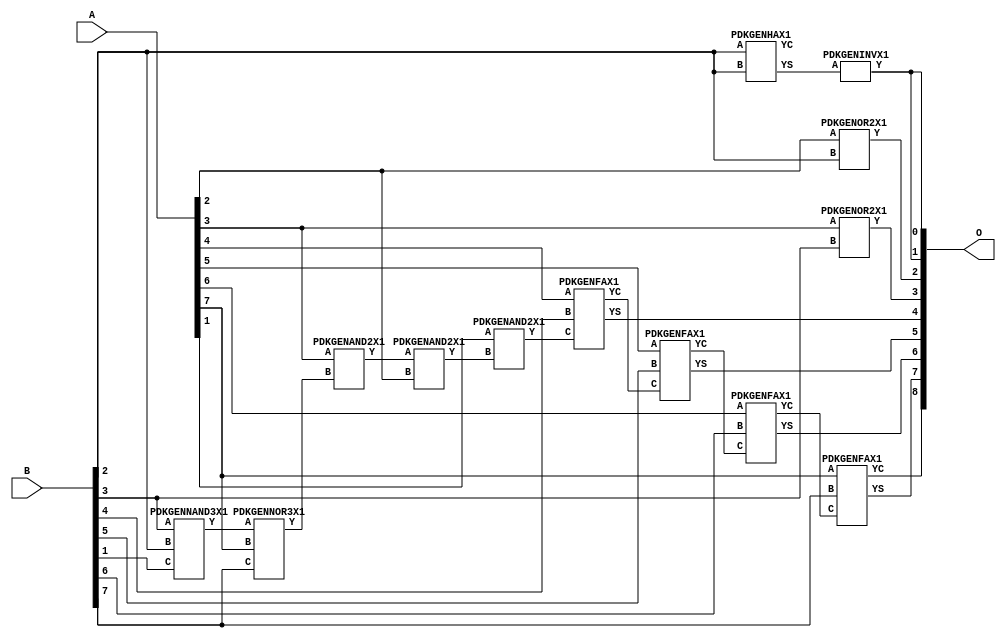
// Library = EvoApprox8b
// Circuit = add8_438
// Area   (180) = 836
// Delay  (180) = 1.490
// Power  (180) = 170.20
// Area   (45) = 59
// Delay  (45) = 0.560
// Power  (45) = 16.95
// Nodes = 13
// HD = 183968
// MAE = 3.65625
// MSE = 25.75000
// MRE = 1.88 %
// WCE = 15
// WCRE = 300 %
// EP = 85.9 %

module add8_438(A, B, O);
  input [7:0] A;
  input [7:0] B;
  output [8:0] O;
  wire [2031:0] N;

  assign N[0] = A[0];
  assign N[1] = A[0];
  assign N[2] = A[1];
  assign N[3] = A[1];
  assign N[4] = A[2];
  assign N[5] = A[2];
  assign N[6] = A[3];
  assign N[7] = A[3];
  assign N[8] = A[4];
  assign N[9] = A[4];
  assign N[10] = A[5];
  assign N[11] = A[5];
  assign N[12] = A[6];
  assign N[13] = A[6];
  assign N[14] = A[7];
  assign N[15] = A[7];
  assign N[16] = B[0];
  assign N[17] = B[0];
  assign N[18] = B[1];
  assign N[19] = B[1];
  assign N[20] = B[2];
  assign N[21] = B[2];
  assign N[22] = B[3];
  assign N[23] = B[3];
  assign N[24] = B[4];
  assign N[25] = B[4];
  assign N[26] = B[5];
  assign N[27] = B[5];
  assign N[28] = B[6];
  assign N[29] = B[6];
  assign N[30] = B[7];
  assign N[31] = B[7];

  PDKGENNAND3X1 n32(.A(N[22]), .B(N[20]), .C(N[18]), .Y(N[32]));
  assign N[33] = N[32];
  PDKGENNOR3X1 n38(.A(N[33]), .B(N[14]), .C(N[30]), .Y(N[38]));
  assign N[39] = N[38];
  PDKGENHAX1 n40(.A(N[20]), .B(N[20]), .YS(N[40]), .YC(N[41]));
  PDKGENAND2X1 n52(.A(N[6]), .B(N[39]), .Y(N[52]));
  assign N[53] = N[52];
  PDKGENAND2X1 n74(.A(N[53]), .B(N[4]), .Y(N[74]));
  PDKGENAND2X1 n78(.A(N[2]), .B(N[74]), .Y(N[78]));
  PDKGENINVX1 n126(.A(N[40]), .Y(N[126]));
  assign N[127] = N[126];
  PDKGENOR2X1 n132(.A(N[4]), .B(N[20]), .Y(N[132]));
  assign N[133] = N[132];
  PDKGENOR2X1 n182(.A(N[6]), .B(N[22]), .Y(N[182]));
  PDKGENFAX1 n232(.A(N[8]), .B(N[24]), .C(N[78]), .YS(N[232]), .YC(N[233]));
  PDKGENFAX1 n282(.A(N[10]), .B(N[26]), .C(N[233]), .YS(N[282]), .YC(N[283]));
  PDKGENFAX1 n332(.A(N[12]), .B(N[28]), .C(N[283]), .YS(N[332]), .YC(N[333]));
  PDKGENFAX1 n382(.A(N[14]), .B(N[30]), .C(N[333]), .YS(N[382]), .YC(N[383]));

  assign O[0] = N[127];
  assign O[1] = N[126];
  assign O[2] = N[133];
  assign O[3] = N[182];
  assign O[4] = N[232];
  assign O[5] = N[282];
  assign O[6] = N[332];
  assign O[7] = N[382];
  assign O[8] = N[383];

endmodule
/* mod */
module PDKGENFAX1( input A, input B, input C, output YS, output YC );
    assign YS = (A ^ B) ^ C;
    assign YC = (A & B) | (B & C) | (A & C);
endmodule
/* mod */
module PDKGENAND2X1(input A, input B, output Y );
     assign Y = A & B;
endmodule
/* mod */
module PDKGENNOR3X1(input A, input B, input C, output Y );
     assign Y = ~((A | B) | C);
endmodule
/* mod */
module PDKGENHAX1( input A, input B, output YS, output YC );
    assign YS = A ^ B;
    assign YC = A & B;
endmodule
/* mod */
module PDKGENINVX1(input A, output Y );
     assign Y = ~A;
endmodule
/* mod */
module PDKGENNAND3X1(input A, input B, input C, output Y );
     assign Y = ~((A & B) & C);
endmodule
/* mod */
module PDKGENOR2X1(input A, input B, output Y );
     assign Y = A | B;
endmodule